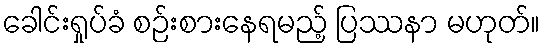
ခေါင်းရှုပ်ခံ စဉ်းစားနေရမည့် ပြဿနာ မဟုတ်။